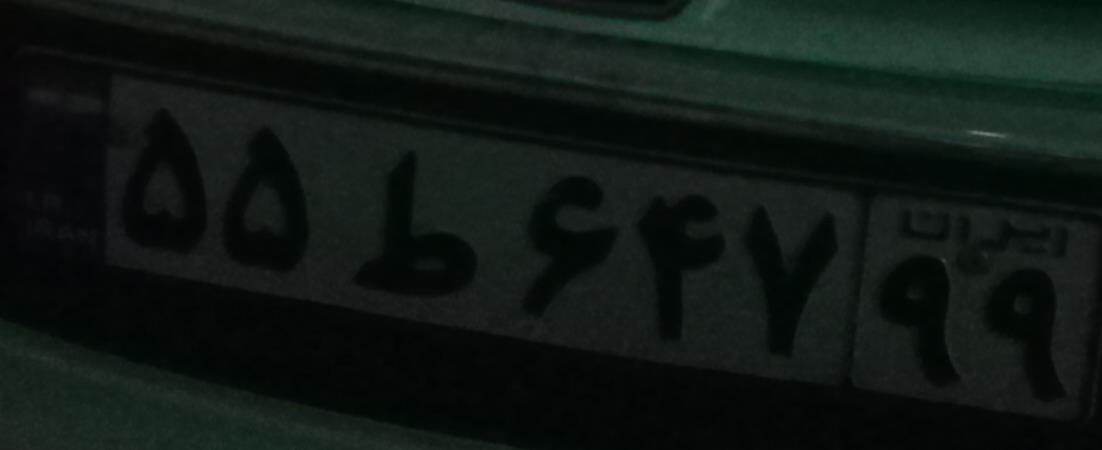
۵۵ط۶۴۷۹۹